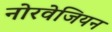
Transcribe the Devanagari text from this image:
नोरवेजियन